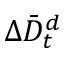
\Delta \bar { D } _ { t } ^ { d }